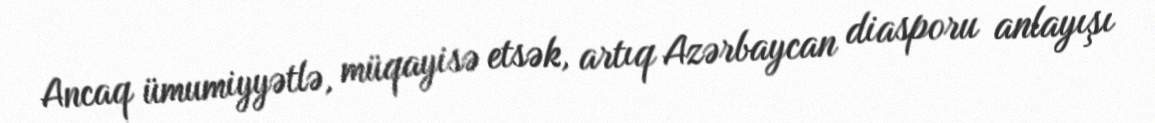
Ancaq ümumiyyətlə, müqayisə etsək, artıq Azərbaycan diasporu anlayışı